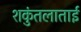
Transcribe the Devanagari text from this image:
शकुंतलाताई